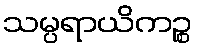
သမ္ပရာယိကဉ္စ